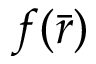
f ( { \bar { r } } )